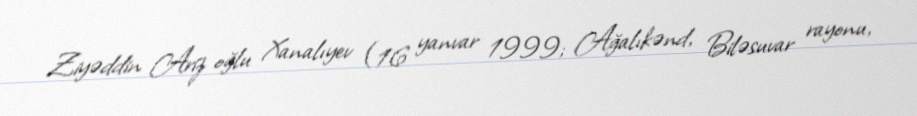
Ziyəddin Ariz oğlu Xanalıyev (16 yanvar 1999; Ağalıkənd, Biləsuvar rayonu,